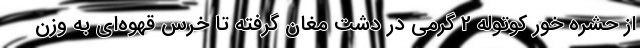
از حشره خور کوتوله 2 گرمی در دشت مغان گرفته تا خرس قهوه‌ای به وزن